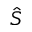
\hat { S }